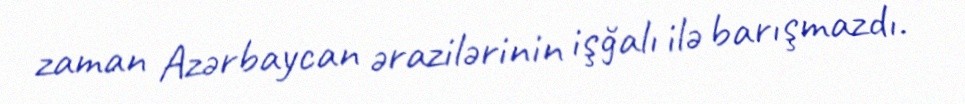
zaman Azərbaycan ərazilərinin işğalı ilə barışmazdı.